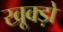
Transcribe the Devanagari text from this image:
खूक्ड़ो